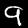
Label: 9